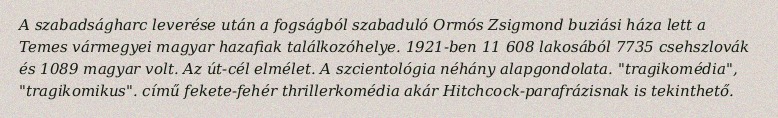
A szabadságharc leverése után a fogságból szabaduló Ormós Zsigmond buziási háza lett a Temes vármegyei magyar hazafiak találkozóhelye. 1921-ben 11 608 lakosából 7735 csehszlovák és 1089 magyar volt. Az út-cél elmélet. A szcientológia néhány alapgondolata. "tragikomédia", "tragikomikus". című fekete-fehér thrillerkomédia akár Hitchcock-parafrázisnak is tekinthető.